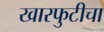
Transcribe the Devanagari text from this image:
खारफुटीचा